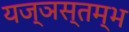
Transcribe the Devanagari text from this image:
यज्ञस्तम्भ